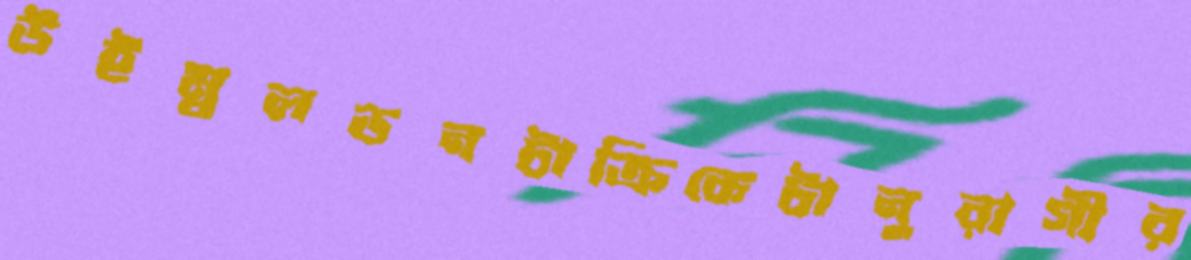
উইম্বলডনটাক্রিকেটানুরাগীর